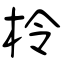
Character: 柃